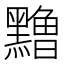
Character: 𱋹